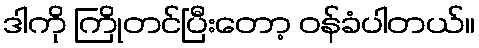
ဒါကို ကြိုတင်ပြီးတော့ ဝန်ခံပါတယ်။